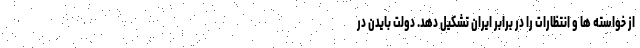
از خواسته ها و انتظارات را در برابر ایران تشکیل دهد. دولت بایدن در